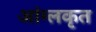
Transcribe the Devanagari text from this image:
आंग्लकृत